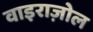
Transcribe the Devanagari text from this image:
वाइराज़ोल